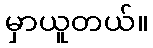
မှာယူတယ်။